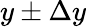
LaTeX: y\pm\Delta y